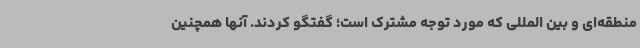
منطقه‌ای و بین المللی که مورد توجه مشترک است؛ گفتگو کردند. آنها همچنین